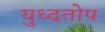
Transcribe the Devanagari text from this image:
युध्दतोप